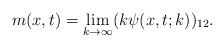
\begin{align*}m(x,t)=\lim_{k \rightarrow \infty} (k\psi (x,t;k))_{12}.\end{align*}